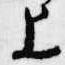
上